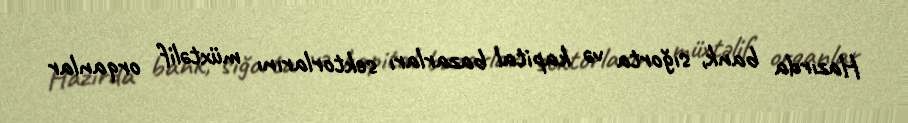
Hazırda bank, sığorta və kapital bazarları sektorlarını müxtəlif orqanlar